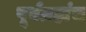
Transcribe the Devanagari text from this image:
पूर्वग्रहांच